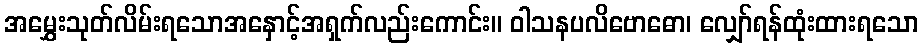
အမွှေးသုတ်လိမ်းရသောအနှောင့်အရှက်လည်းကောင်း။ ဝါသနပလိဗောဓော၊ လျှော်ရန်ထုံးထားရသော